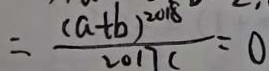
= \frac { ( a + b ) ^ { 2 0 1 8 } } { 2 0 1 7 c } = 0